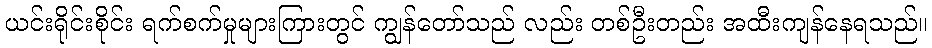
ယင်းရိုင်းစိုင်း ရက်စက်မှုများကြားတွင် ကျွန်တော်သည် လည်း တစ်ဦးတည်း အထီးကျန်နေရသည်။